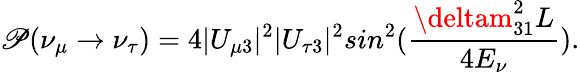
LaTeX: \mathscr{P}(\nu_{\mu}\rightarrow\nu_{\tau})=4|U_{\mu3}|^{2}|U_{\tau3}|^{2}sin^{2}(\frac{{\deltam_{31}^{2}L}}{{4E_{\nu}}}).